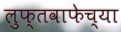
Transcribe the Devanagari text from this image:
लुफ्तवाफेच्या